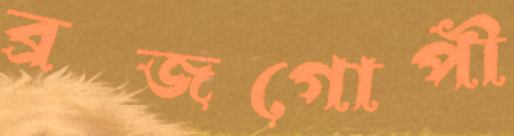
ব্রজগোপী